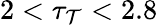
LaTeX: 2<\tau_{\mathcal{T}}<2.8